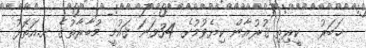
ޚަބަރު  ކީރިތި ޤުރުއާން ކިޔެވުމުގެ 34ވަނަ ޤައުމީ މުބާރާތުގެ ށ.އަތޮޅު